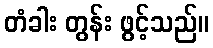
တံခါး တွန်း ဖွင့်သည်။